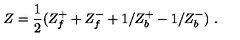
Z = \frac { 1 } { 2 } ( Z _ { f } ^ { + } + Z _ { f } ^ { - } + 1 / Z _ { b } ^ { + } - 1 / Z _ { b } ^ { - } ) \ .